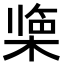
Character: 𪲹